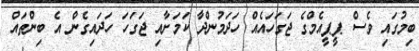
ބިމުގައި ވެސް ޕީޕީއެމްގެ ޖަގަހައެެއް ހަދަމުންދާ ކަމަށާއި ޖަގަހަ ހަދައިގެން އެ ބިންތައް